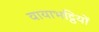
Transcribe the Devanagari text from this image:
वायाभट्ठियों